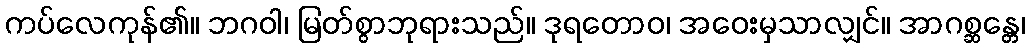
ကပ်လေကုန်၏။ ဘဂဝါ၊ မြတ်စွာဘုရားသည်။ ဒုရတောဝ၊ အဝေးမှသာလျှင်။ အာဂစ္ဆန္တေ၊